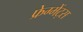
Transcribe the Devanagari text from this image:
फ्रेग्मेंट्स